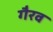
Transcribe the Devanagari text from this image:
गैरव